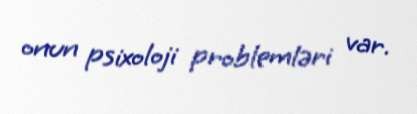
onun psixoloji problemləri var.